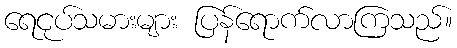
ရေငုပ်သမားများ ပြန်ရောက်လာကြသည်။